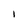
Character: I